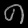
Digit: ၈